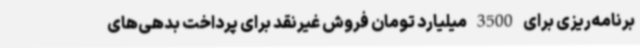
برنامه‌ریزی برای 3500 میلیارد تومان فروش غیرنقد برای پرداخت بدهی‌های